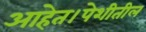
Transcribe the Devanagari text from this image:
आहेत।पेशीतील